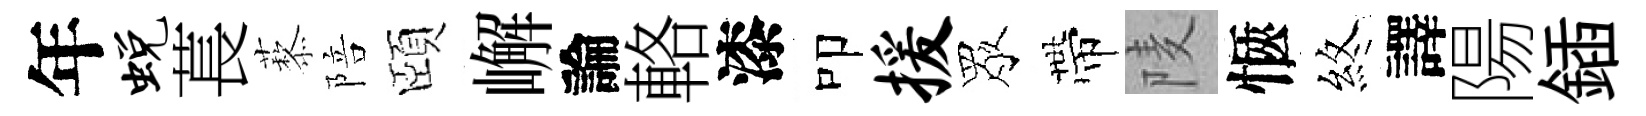
年蜕萇藜陪頤嶰論輅漆叩援眾帶𨹧愜煞譯陽鍤